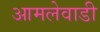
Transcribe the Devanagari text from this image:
आमलेवाडी